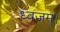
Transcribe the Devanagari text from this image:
ध्वजम्।